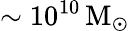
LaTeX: \sim 10^{10}\mathrm{\, M_{\odot}}